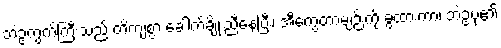
ဘဲဥကွက်ကြီးသည် တိကျစွာ ခေါက်ချိုးညီနေပြီး၊ အီကွေတာမျဉ်းကို ခွထားကာ၊ ဘဲဥပုံ၏